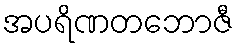
အပရိဏတဘောဇီ